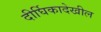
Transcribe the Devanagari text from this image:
दीर्घिकादेखील